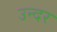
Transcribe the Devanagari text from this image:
उन्दर